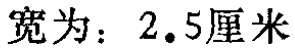
宽为：2.5厘米